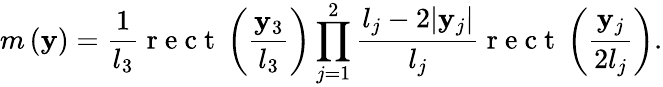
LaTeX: m\left(\boldsymbol{\mathbf{y}}\right)=\frac{{1}}{{l_{3}}}\mathrm{{~r~e~c~t~}}\left(\frac{{\mathbf{y}_{3}}}{{l_{3}}}\right)\prod_{j=1}^{2}\frac{{l_{j}-2|\mathbf{y}_{j}|}}{{l_{j}}}\mathrm{{~r~e~c~t~}}\left(\frac{{\mathbf{y}_{j}}}{{2l_{j}}}\right).